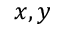
x , y